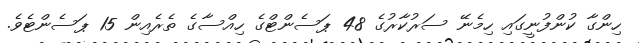
ހިންގާ ކުންފުނީގައި ހިމެނޭ ސަރުކާރުގެ 48 ޕަސެންޓްގެ ހިއްސާގެ ތެރެއިން 15 ޕަސެންޓެވެ.